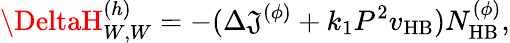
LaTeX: \DeltaH_{W,W}^{(h)}=-(\Delta\mathfrak{J}^{(\phi)}+k_{1}P^{2}v_{\mathrm{{HB}}})N_{\mathrm{{HB}}}^{(\phi)},